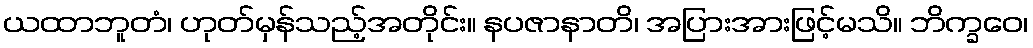
ယထာဘူတံ၊ ဟုတ်မှန်သည့်အတိုင်း။ နပဇာနာတိ၊ အပြားအားဖြင့်မသိ။ ဘိက္ခဝေ၊